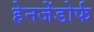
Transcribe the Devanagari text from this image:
हेनजेंडोर्फ